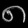
Digit: ၈